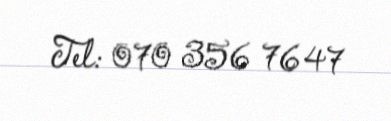
Tel: 070 356 76 47